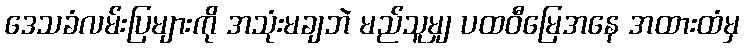
ဒေသခံလမ်းပြများကို အသုံးမချဘဲ မည်သူမျှ ပထဝီမြေအနေ အထားထံမှ